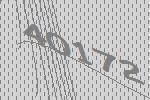
40172